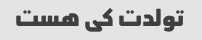
تولدت کی هست